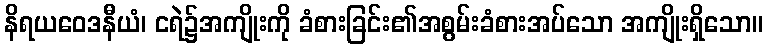
နိရယဝေဒနီယံ၊ ငရဲ၌အကျိုးကို ခံစားခြင်း၏အစွမ်းခံစားအပ်သော အကျိုးရှိသော။